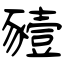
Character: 豷